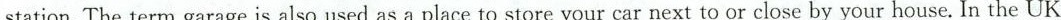
station. The term garage is also used as aplace to store your car next to or close by your house. In the UK